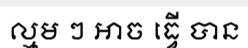
ល្មម ៗ អាច ធ្វើ បាន